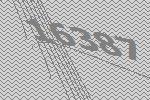
16387